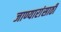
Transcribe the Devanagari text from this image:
जाण्यारांसाठी